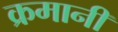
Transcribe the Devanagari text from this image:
क्रमानी